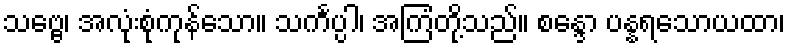
သဗ္ဗေ၊ အလုံးစုံကုန်သော။ သင်္ကပ္ပါ၊ အကြံတို့သည်။ စန္ဒော ပန္နရသောယထာ၊